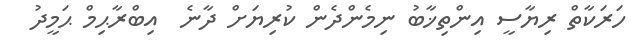
ހަރަކާތް ރިޔާސީ އިންތިޚާބު ނިމެންދެން ކުރިޔަށް ދާނެ  އިބްރާޙިމް ޙަމީދު